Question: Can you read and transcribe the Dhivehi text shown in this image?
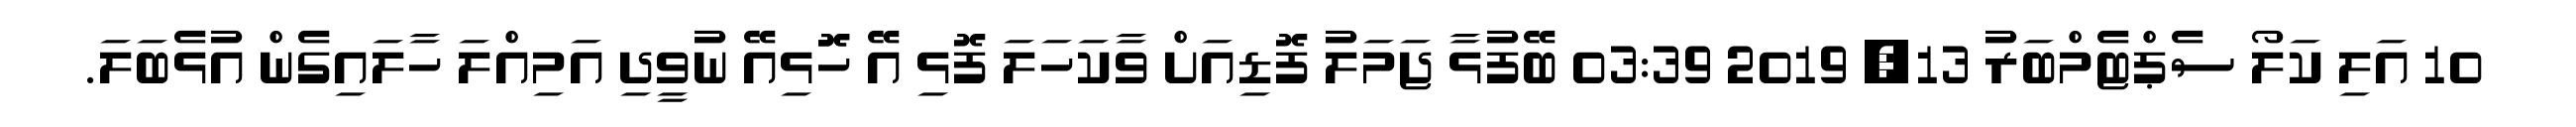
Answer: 10 އަލި ކަލޯ ސެޕްޓެމްބަރު 13, 2019 03:39 ބޭފުޅާ ޖަމަލު ފޮޑިއަށް ވާކަހަލަ ފޮޅި އޭ ހޮޮޅިއޭ ނުވީދި އަމިއްލަ ހާލައިގެން އުޅެބަލަ.